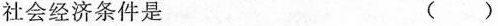
社会经济条件是 ( )